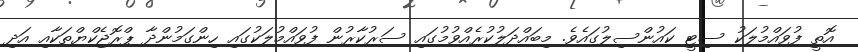
އޮތީ ފުވައްމުލަކު ސިޓީ ކައުންސިލުގައެވެ. މިބައްދަލުކުރެއްވުމުގައި ސަރުކާރުން ފުވައްމުލަކުގައި ހިންގަމުންދާ ޕްރޮޖެކްޔްތަކާއި އަދި